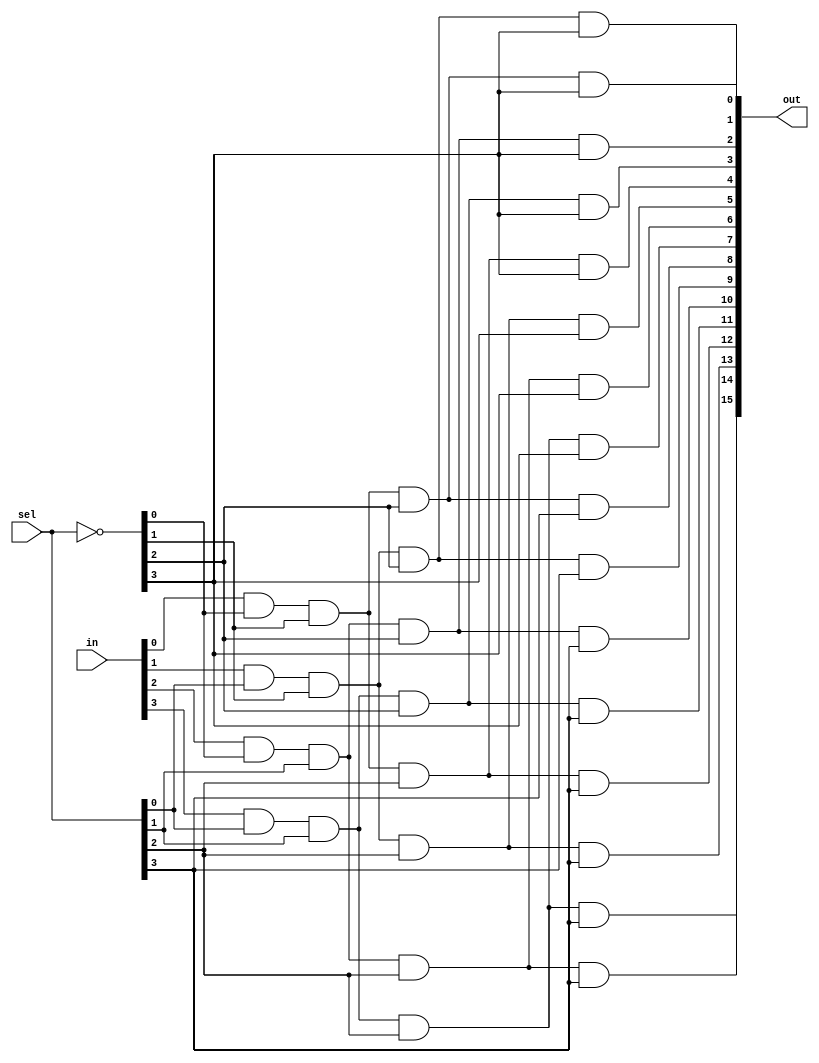
module demux4to16(
    input [3:0] in,
    input [3:0] sel,
    output reg [15:0] out
);

wire [3:0] inv_sel;

assign inv_sel = ~sel;

assign out[0] = in[0] & inv_sel[0] & inv_sel[1] & inv_sel[2] & inv_sel[3];
assign out[1] = in[1] & sel[0] & inv_sel[1] & inv_sel[2] & inv_sel[3];
assign out[2] = in[2] & inv_sel[0] & sel[1] & inv_sel[2] & inv_sel[3];
assign out[3] = in[3] & sel[0] & sel[1] & inv_sel[2] & inv_sel[3];
assign out[4] = in[0] & inv_sel[0] & inv_sel[1] & sel[2] & inv_sel[3];
assign out[5] = in[1] & sel[0] & inv_sel[1] & sel[2] & inv_sel[3];
assign out[6] = in[2] & inv_sel[0] & sel[1] & sel[2] & inv_sel[3];
assign out[7] = in[3] & sel[0] & sel[1] & sel[2] & inv_sel[3];
assign out[8] = in[0] & inv_sel[0] & inv_sel[1] & inv_sel[2] & sel[3];
assign out[9] = in[1] & sel[0] & inv_sel[1] & inv_sel[2] & sel[3];
assign out[10] = in[2] & inv_sel[0] & sel[1] & inv_sel[2] & sel[3];
assign out[11] = in[3] & sel[0] & sel[1] & inv_sel[2] & sel[3];
assign out[12] = in[0] & inv_sel[0] & inv_sel[1] & sel[2] & sel[3];
assign out[13] = in[1] & sel[0] & inv_sel[1] & sel[2] & sel[3];
assign out[14] = in[2] & inv_sel[0] & sel[1] & sel[2] & sel[3];
assign out[15] = in[3] & sel[0] & sel[1] & sel[2] & sel[3];

endmodule